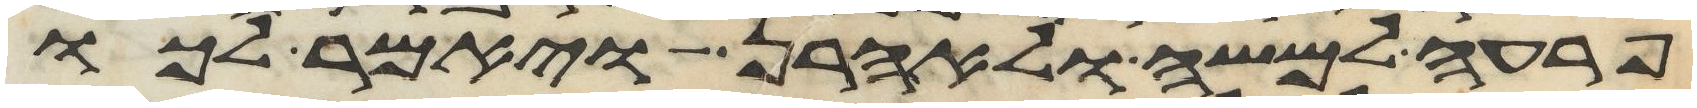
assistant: פרעה למשה ולאהרן ויאמר לכו